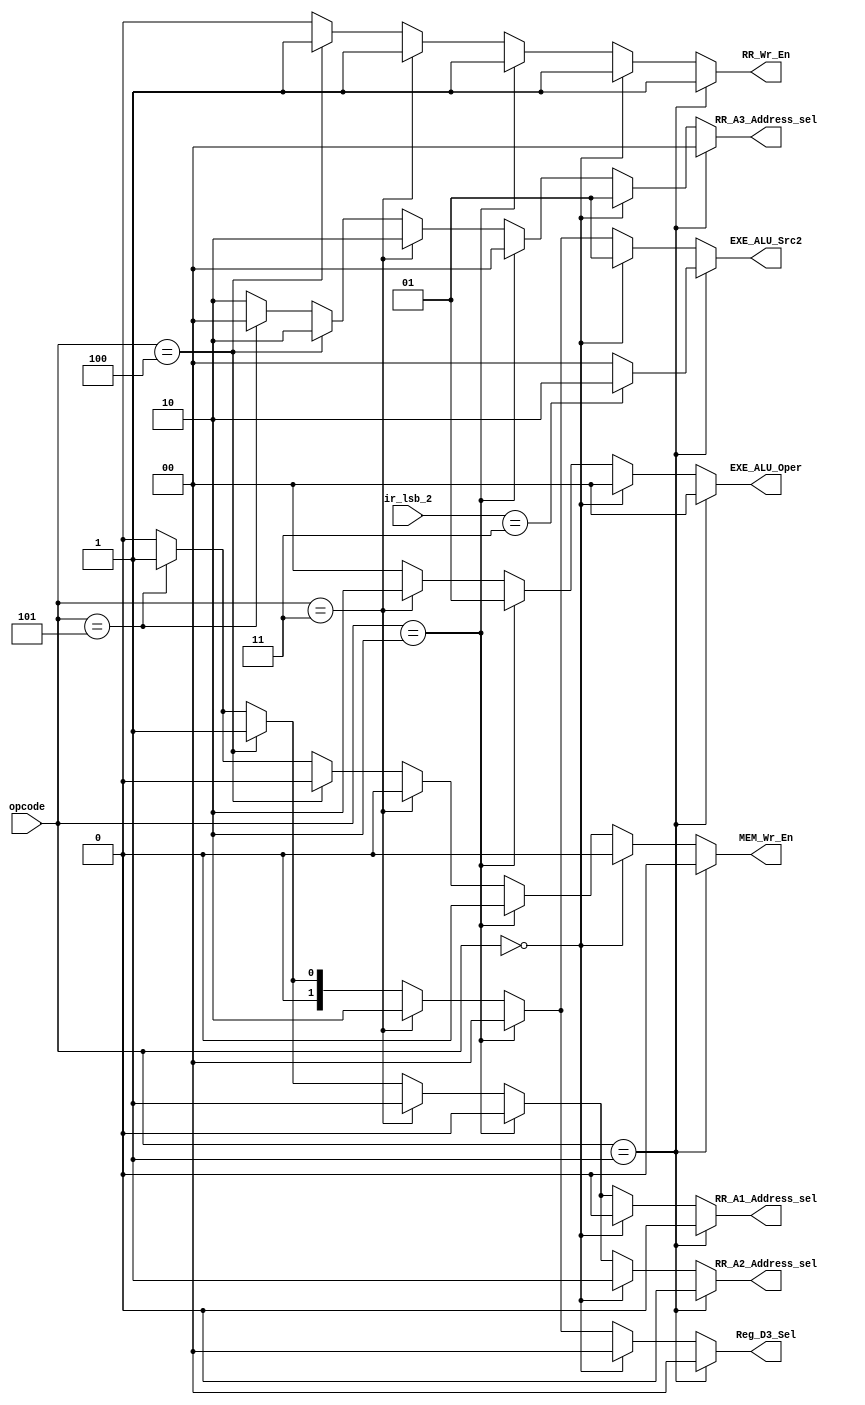
module control_decoder (opcode, ir_lsb_2, RR_A1_Address_sel, RR_A2_Address_sel, RR_A3_Address_sel, RR_Wr_En, 
						EXE_ALU_Src2, EXE_ALU_Oper, Reg_D3_Sel, MEM_Wr_En);

input [3:0] opcode;
input [1:0] ir_lsb_2;


output reg RR_A1_Address_sel, RR_A2_Address_sel, RR_Wr_En, MEM_Wr_En;
output reg [1:0] RR_A3_Address_sel, EXE_ALU_Oper, Reg_D3_Sel, EXE_ALU_Src2;

always @(opcode, ir_lsb_2)
	begin
		if( opcode == 4'b0001) begin	  //ADD, ADC, ADZ
			RR_A1_Address_sel = 1'b0;
			RR_A2_Address_sel = 1'b0;
			RR_A3_Address_sel = 2'b00;
			RR_Wr_En = 1'b1;
			if ( ir_lsb_2 == 2'b11)
				EXE_ALU_Src2 = 2'b10;
			else
				EXE_ALU_Src2 = 2'b00;
			EXE_ALU_Oper = 2'b00;
			Reg_D3_Sel = 2'b00;
			MEM_Wr_En = 1'b0;
		end		
		else if( opcode == 4'b0000 ) begin  //ADI
			RR_A1_Address_sel = 1'b0;
			RR_A2_Address_sel = 1'b1; // not required during ADI
			RR_A3_Address_sel = 2'b01; //changed now for ADI not working
			RR_Wr_En = 1'b1;
			EXE_ALU_Src2 = 2'b01;
			EXE_ALU_Oper = 2'b00;
			Reg_D3_Sel = 2'b00;
			MEM_Wr_En = 1'b0; 
		end
		else if( opcode == 4'b0010 ) begin  //NDU, NDC, NDZ
			RR_A1_Address_sel = 1'b0;
			RR_A2_Address_sel = 1'b0;
			RR_A3_Address_sel = 2'b00;
			RR_Wr_En = 1'b1;
			EXE_ALU_Src2 = 2'b00;
			EXE_ALU_Oper = 2'b01;
			Reg_D3_Sel = 2'b00;
			MEM_Wr_En = 1'b0;
		end	
		else if( opcode == 4'b0011 ) begin  //LHI
			RR_A1_Address_sel = 1'b1;  // not required during LHI
			RR_A2_Address_sel = 1'b1;  // not required during LHI
			RR_A3_Address_sel = 2'b10;
			RR_Wr_En = 1'b1;
			EXE_ALU_Src2 = 2'b10;
			EXE_ALU_Oper = 2'b10;  // no ALU operation
			Reg_D3_Sel = 2'b10;
			MEM_Wr_En = 1'b0;
		end
		else if( opcode == 4'b0100 ) begin  //LW
			RR_A1_Address_sel = 1'b1;
			RR_A2_Address_sel = 1'b1; // not required during LW
			RR_A3_Address_sel = 2'b10;
			RR_Wr_En = 1'b1;
			EXE_ALU_Src2 = 2'b01;
			EXE_ALU_Oper = 2'b00;
			Reg_D3_Sel = 2'b01;
			MEM_Wr_En = 1'b0;
		end
		else if( opcode == 4'b0101 ) begin  //SW
			RR_A1_Address_sel = 1'b1;
			RR_A2_Address_sel = 1'b1; 
			RR_A3_Address_sel = 2'b00; // not required during SW
			RR_Wr_En = 1'b0;
			EXE_ALU_Src2 = 2'b01;
			EXE_ALU_Oper = 2'b00;
			Reg_D3_Sel = 2'b01; // not required during SW
			MEM_Wr_En = 1'b1;
		end
		// LM and SM need to be implemented
		/* else if( opcode == 4'b1100 ) begin  //BEQ
			RR_A1_Address_sel = 1'b0;  
			RR_A2_Address_sel = 1'b1;  
			RR_A3_Address_sel = 2'b10;   // not required during BEQ
			RR_Wr_En = 1'b0;         // not required during BEQ
			EXE_ALU_Src2 = 1'b1;     // not required during BEQ
			EXE_ALU_Oper = 2'b10;    // no ALU operation
			Reg_D3_Sel = 2'b01;  // not required during BEQ
			MEM_Wr_En = 1'b0;
		end
		else if( opcode == 4'b1000 ) begin  //JAL
			RR_A1_Address_sel = 1'b1;  // not required during JAL
			RR_A2_Address_sel = 1'b1;  // not required during JAL
			RR_A3_Address_sel = 2'b10;
			RR_Wr_En = 1'b1;
			EXE_ALU_Src2 = 1'b1;   // not required during JAL
			EXE_ALU_Oper = 2'b10;  // no ALU operation
			Reg_D3_Sel = 2'b11;
			MEM_Wr_En = 1'b0;
			WB_C_Wr_En = 1'b0;
			WB_Z_Wr_En = 1'b0;

		end
		else if( opcode == 4'b1001 ) begin  //JLR
			RR_A1_Address_sel = 1'b1;  
			RR_A2_Address_sel = 1'b1;  // not required during JLR
			RR_A3_Address_sel = 2'b10;
			RR_Wr_En = 1'b1;
			EXE_ALU_Src2 = 1'b1;   // not required during JLR
			EXE_ALU_Oper = 2'b10;  // no ALU operation
			Reg_D3_Sel = 2'b11;
			MEM_Wr_En = 1'b0;
			WB_C_Wr_En = 1'b0;
			WB_Z_Wr_En = 1'b0;
		end	 */	
		else begin  // corresponding to ADD
			RR_A1_Address_sel = 1'b0;
			RR_A2_Address_sel = 1'b0;
			RR_A3_Address_sel = 2'b10;
			RR_Wr_En = 1'b0;
		    EXE_ALU_Src2 = 2'b00;
			EXE_ALU_Oper = 2'b00;
			Reg_D3_Sel = 2'b00;
			MEM_Wr_En = 1'b0; 
		end

	end
		
endmodule